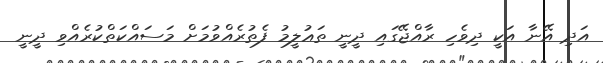
އަދި އޭނާ އަކީ ދިވެހި ރާއްޖޭގައި ދީނީ ތަޢުލީމު ފެތުރެއްވުމަށް މަސައްކަތްކުރެއްވި ދީނީ